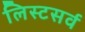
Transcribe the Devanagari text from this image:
लिस्टसर्व